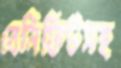
বেনিফিটসহ